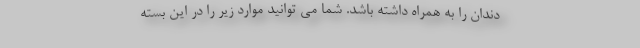
دندان را به همراه داشته باشد. شما می توانید موارد زیر را در این بسته